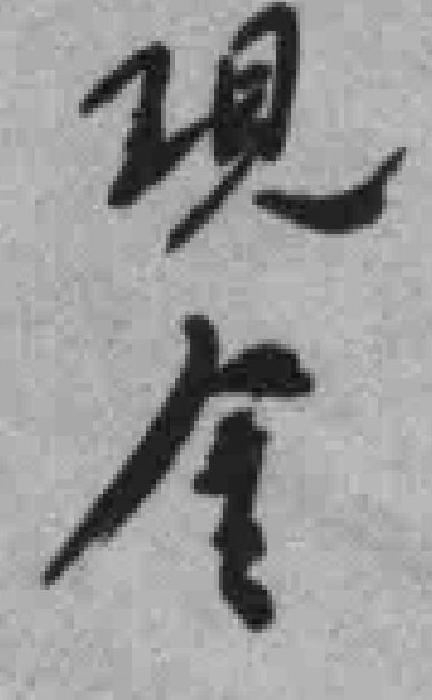
现金